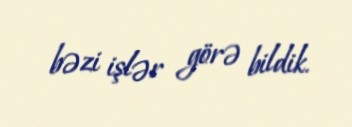
bəzi işlər görə bildik.